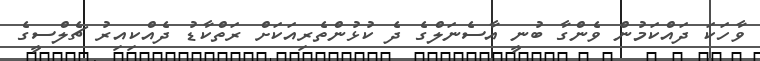
ވާހަކަ ދައްކަމުން ވެންގާ ބުނީ އާސެނަލްގެ ދެ ކުޅުންތެރިއަކަށް ރަތްކާޑު ދެއްކިއިރު ޗެލްސީގެ